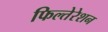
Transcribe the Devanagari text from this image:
फिल्तेरेशन